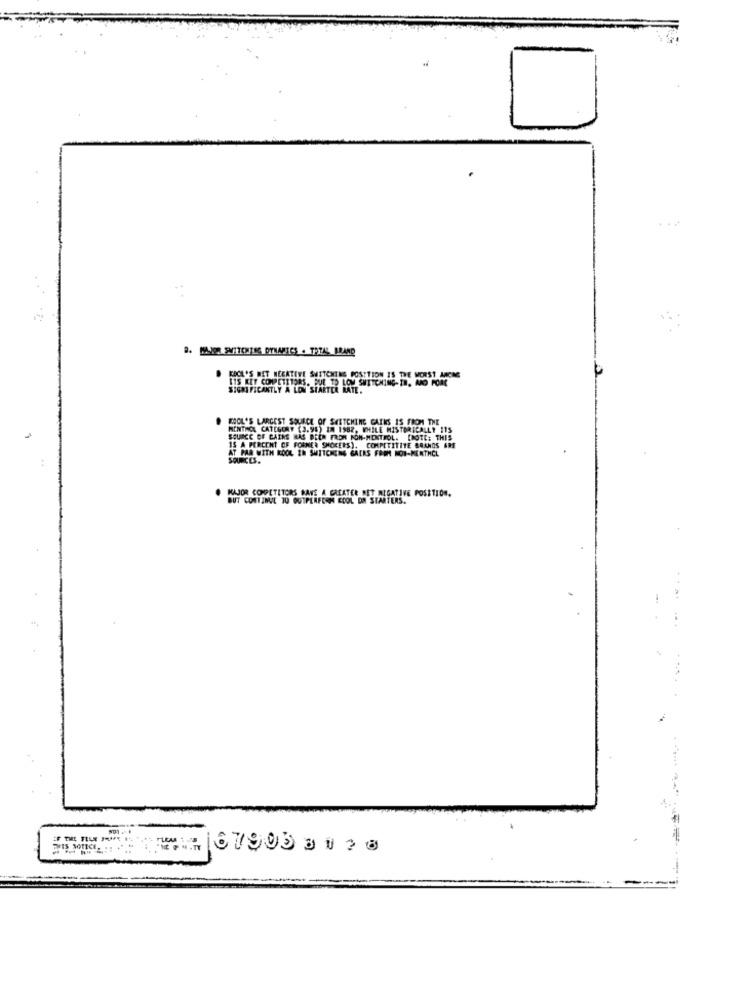
B. MAN SWITCHNTSC DYNAMICS . TOTAL BRAND
FOOL'S BET NEGATIVE SUITCHING POSITION IS THE WORST AMONG
115 KET COMPETITORS. DUE TO LOM SWITCHING-IN. MO PORT
SIGNIFICANTLY A LON STARTER LATE.
FOOL'S LARGEST SOURCE OF SWITCHING CATKS 15 FROM THE
MENTHE CATEGORY (3.95) IN 1982, WHILE HISTORICALLY ITS
CE OF GAINS HAS BEEN FROM PON-MENTHOL. [NOTE: THIS
AT PAR WITH KOOL IN SHITCHENG GAERS FROM NOW-MENTHOL
15 A PERCENT OF FORMER SMOKERS), COMPETITIVE BRANDS ARE
BUT CONTINUE TO OUTPERFERN COOL DA STARTERS.
MAJOR COMPETITORS BANE A GREATER RET NEGATIVE POSITION.
67903 312@